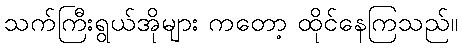
သက်ကြီးရွယ်အိုများ ကတော့ ထိုင်နေကြသည်။